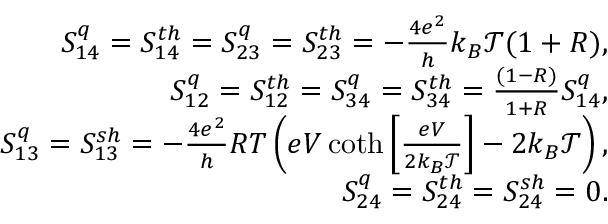
\begin{array} { r } { S _ { 1 4 } ^ { q } = { S _ { 1 4 } ^ { t h } } = S _ { 2 3 } ^ { q } = { S _ { 2 3 } ^ { t h } } = - \frac { 4 e ^ { 2 } } { h } k _ { B } \mathcal { T } ( 1 + R ) , } \\ { S _ { 1 2 } ^ { q } = { S _ { 1 2 } ^ { t h } } = S _ { 3 4 } ^ { q } = { S _ { 3 4 } ^ { t h } } = \frac { ( 1 - R ) } { 1 + R } S _ { 1 4 } ^ { q } , } \\ { S _ { 1 3 } ^ { q } = { S _ { 1 3 } ^ { s h } } = - \frac { 4 e ^ { 2 } } { h } R T \left( e V \coth \left[ \frac { e V } { 2 k _ { B } \mathcal { T } } \right] - 2 k _ { B } \mathcal { T } \right) , } \\ { { S _ { 2 4 } ^ { q } = S _ { 2 4 } ^ { t h } = S _ { 2 4 } ^ { s h } = 0 . } } \end{array}